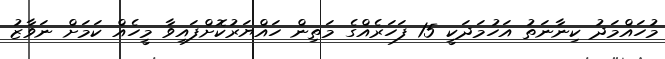
މުހައްމަދު ކިނާނަތު އަހުމަދަކީ 15 ފަހަރެއްގެ މަތިން ހައްޔަރުކޮށްފައިވާ މީހެއް ކަމަށް ނަވާޒު